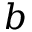
b